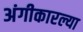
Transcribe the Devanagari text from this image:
अंगीकारल्या